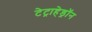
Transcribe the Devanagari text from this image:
टेट्राहेड्रॉन